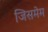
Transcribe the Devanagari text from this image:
जिसमेम